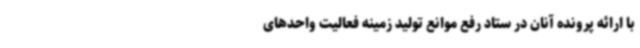
با ارائه پرونده آنان در ستاد رفع موانع تولید زمینه فعالیت واحدهای